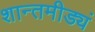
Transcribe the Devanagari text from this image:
शान्तमीड्यं